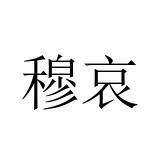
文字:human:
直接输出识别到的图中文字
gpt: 穆哀